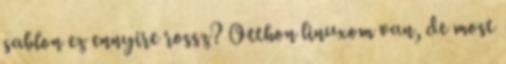
sablon ez ennyire rossz? Otthon linuxom van, de most